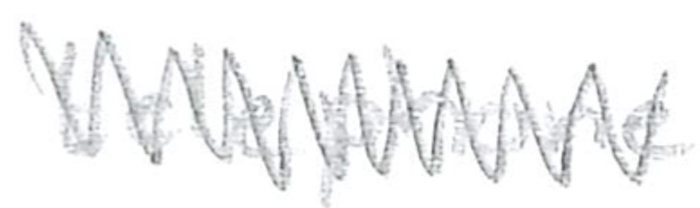
Text: telephone
Cross-out: zig-zag
Writing tool: pencil